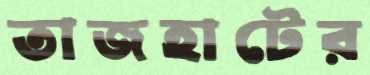
তাজহাটের